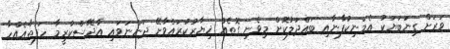
ވަރަށް ގިނަބަޔަކު އެމަނިކުފާނާއި ބައްދަލުކޮށް މިވެނި ގޮތެއް ޚިޔާރުކުރައްވާށޭ ދަންނަވައި އާދޭސްކުރީމާ ހަފުތާއެއްހާ